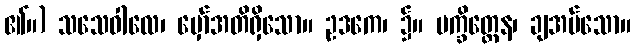
၏။) သသေဝါလေ၊ မှော်အတိရှိသော။ ဥဒကေ၊ ၌။ ပက္ခိတ္တေန၊ ချအပ်သော။